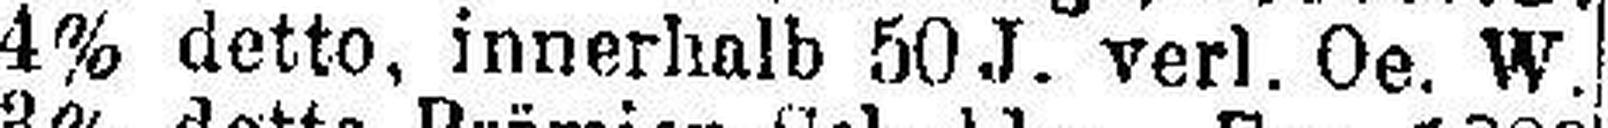
4% detto, innerhalb 50 J. verl. Oe. W.